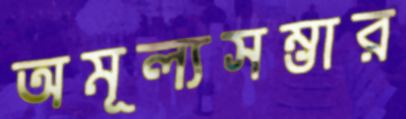
অমূল্যসম্ভার